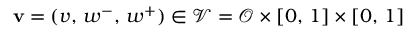
\mathbf { v } = ( v , \, w ^ { - } , \, w ^ { + } ) \in \mathcal { V } = \mathcal { O } \times [ 0 , \, 1 ] \times [ 0 , \, 1 ]